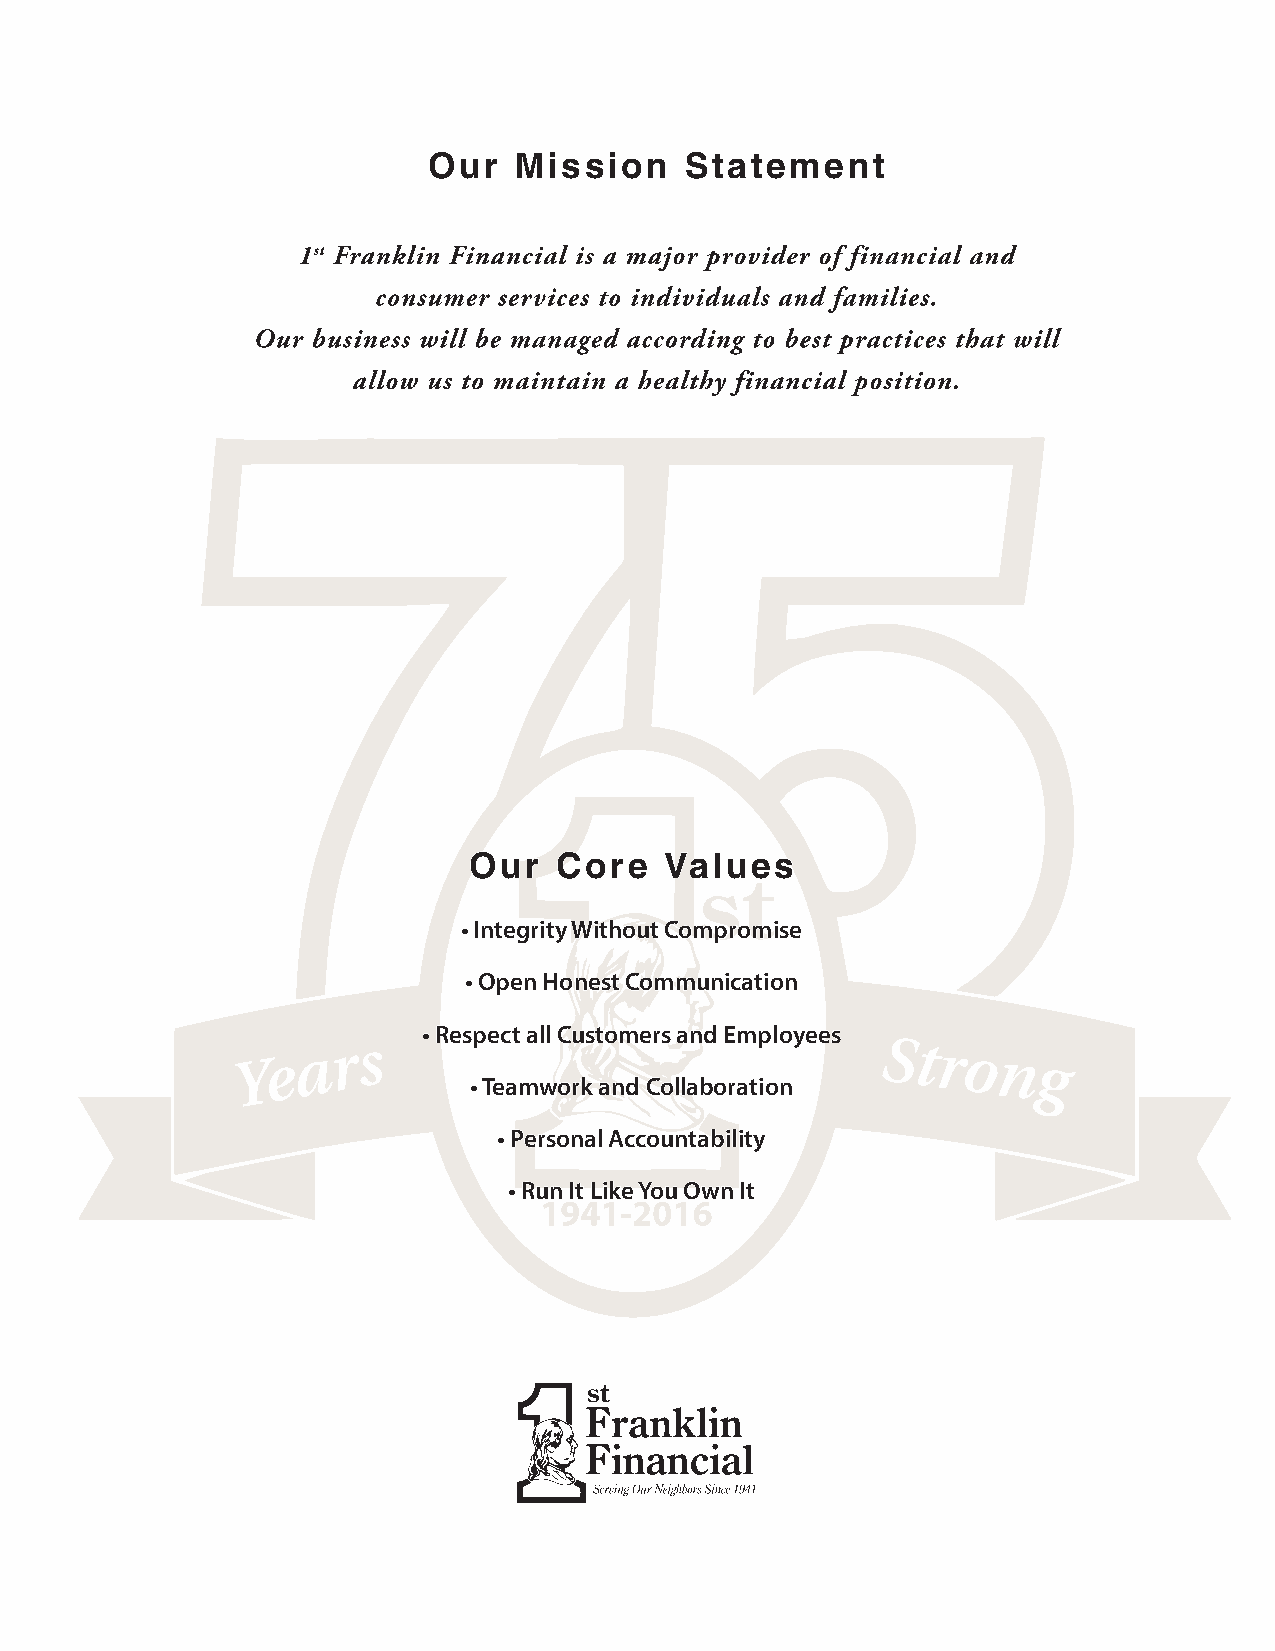
Our   Mission    Statement
 Our   Core   Values
 • Integrity Without Compromise
 • Open Honest Communication
 • Respect all Customers and Employees
 • Teamwork and Collaboration
 • Personal Accountability
 • Run It Like You Own It